Vana-Antsla_vallavalitsus, lk 15
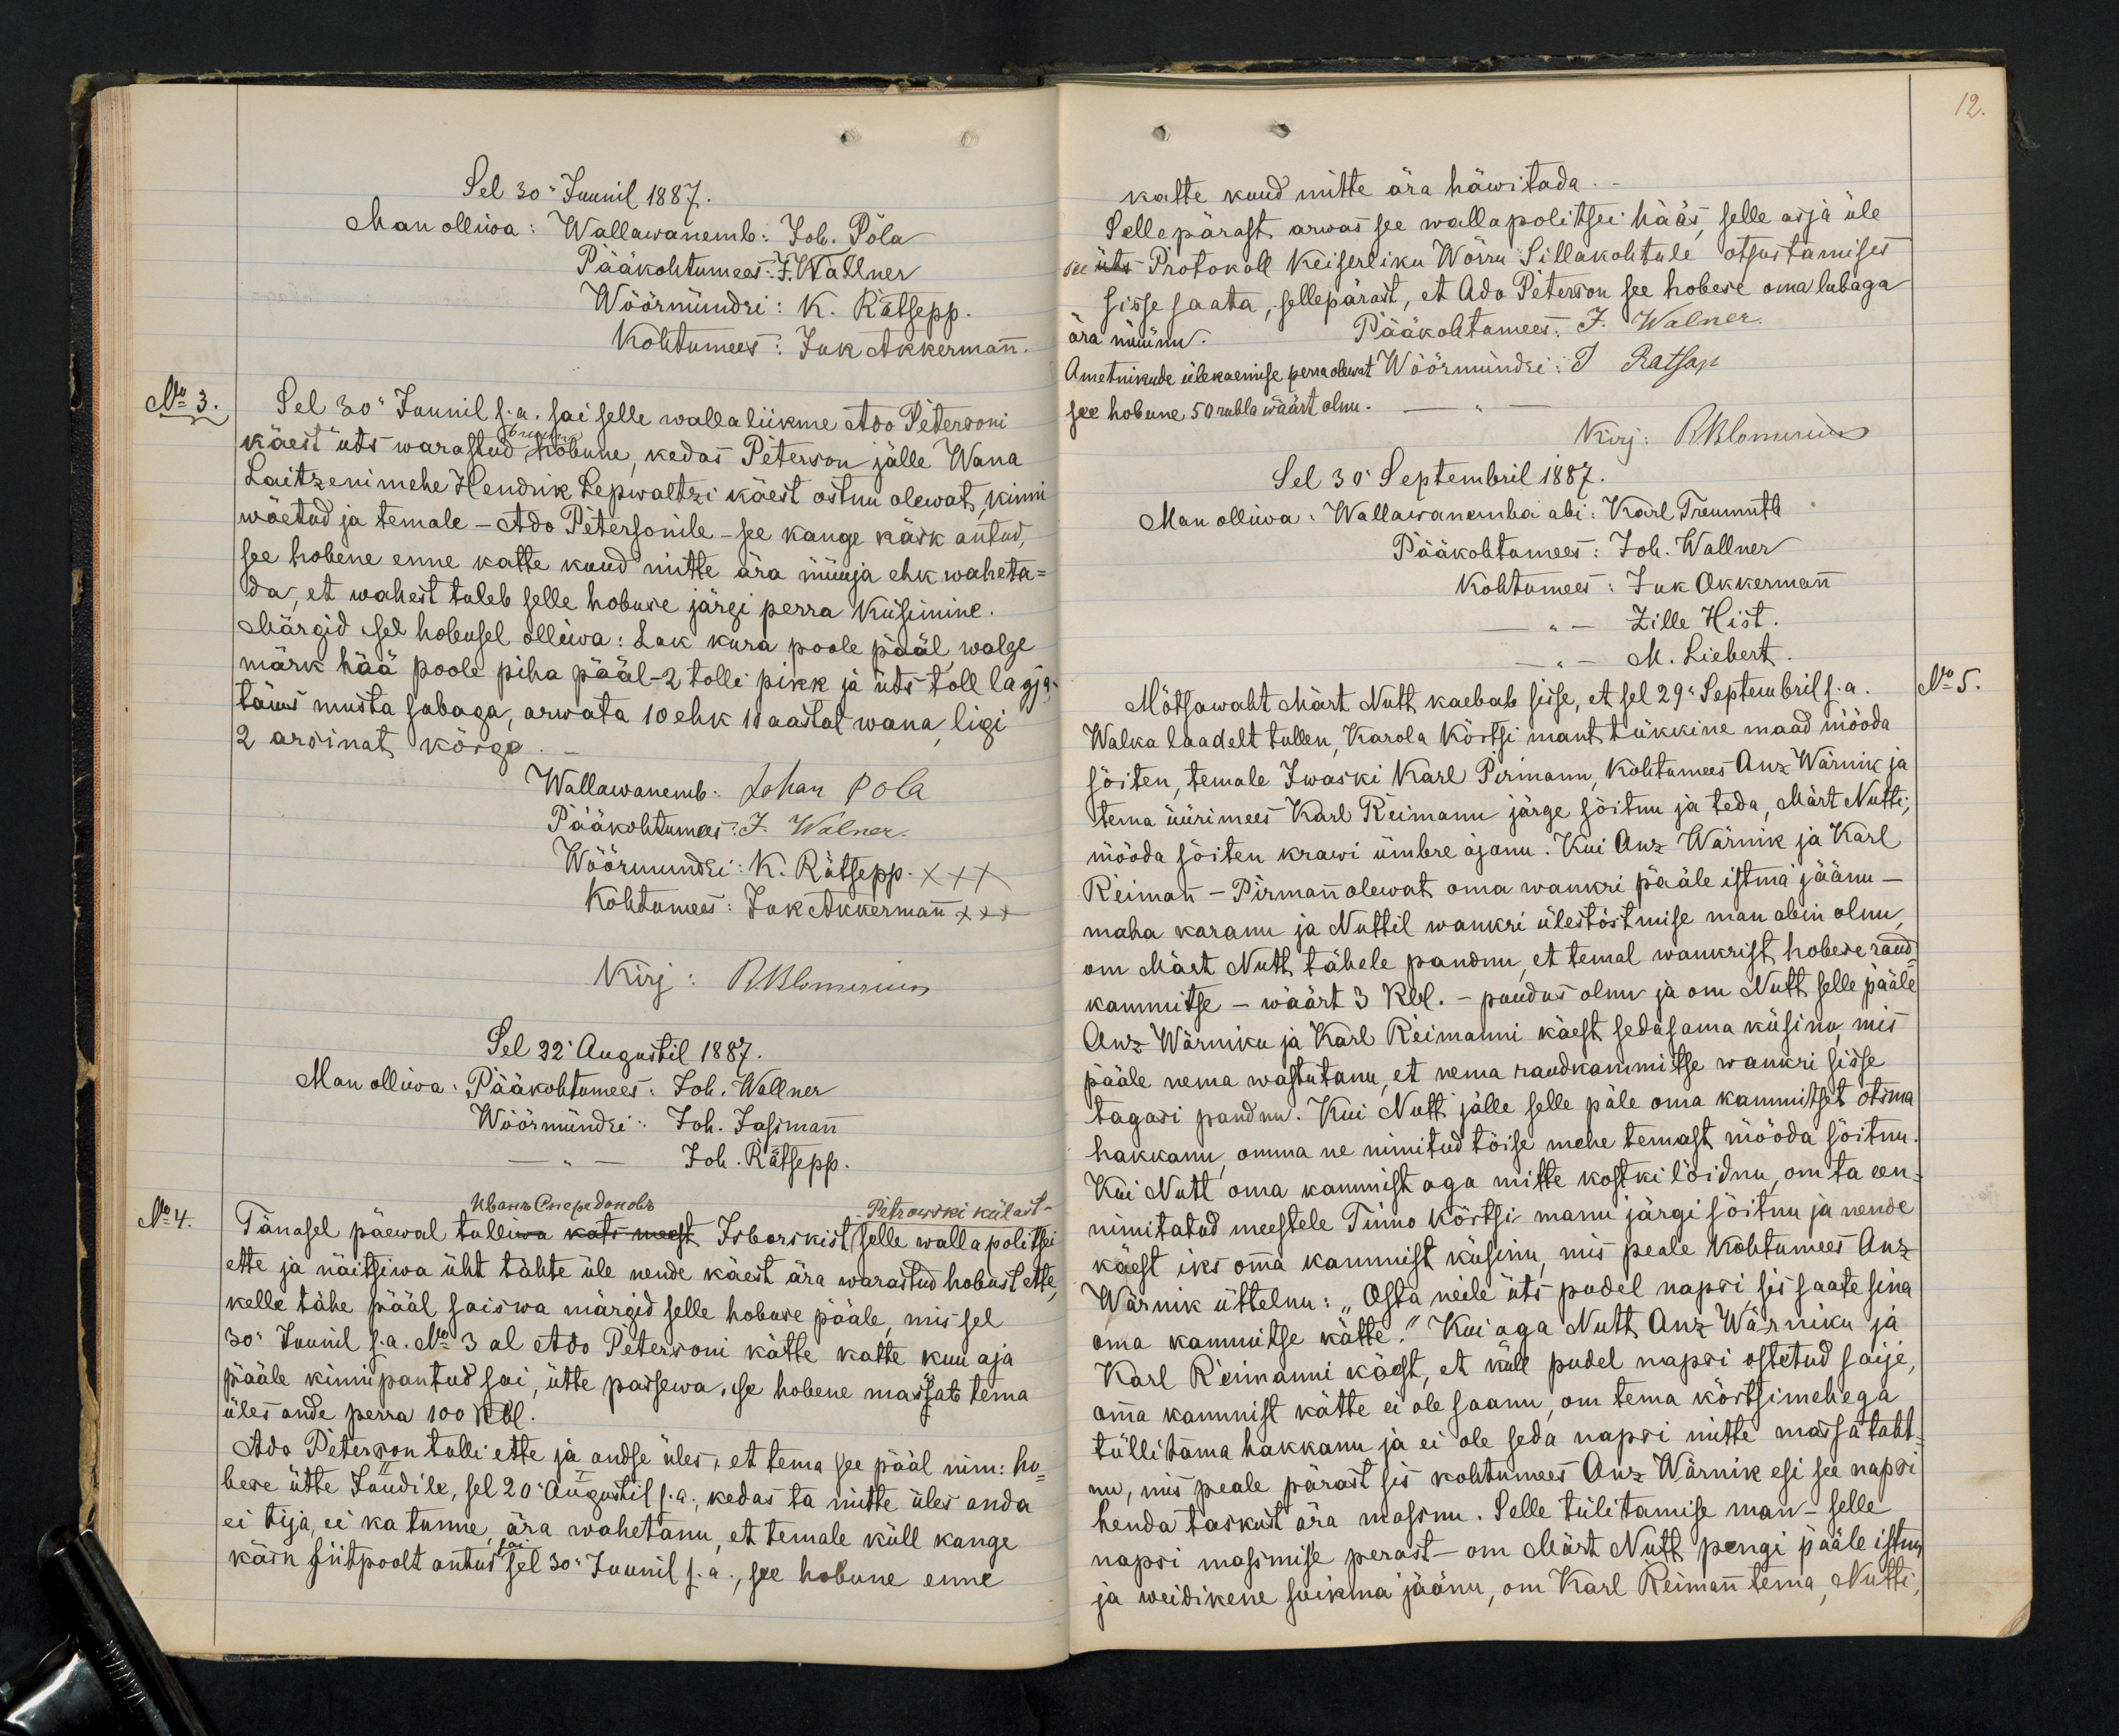
12.

Sel 30 Juunil 1887.
Man olliwa: Wallawanemb: Joh. Pola
Pääkohtumees: J. Wallner
Wöörnündri: K. Rätsepp.
Kohtumees: Juk Akkermann
No 3.
Sel 30" Juunil s.a. sai selle wallaliikme Ado Petersoni
käest üts warastud bruun hobune, kedas Peterson jälle Wana
Laitzeni mehe Hendrik Lepwaltzi käest ostnu olewat, kinni
wõetud ja temale - Ado Petersonile - see kange käsk antud,
see hobene enne katte kuud mitte ära müüja ehk waheta-
da, et wahest tuleb selle hobuse järgi perra küsimine.
Märgid isel hobusel olliwa: Lak kura poole pääl walge
märk hää poole piha pääl - 2 tolli pikk ja üts toll la gja-
täies musta sabaga, arwata 10 ehk 11 aastat wana ligi
2 arsinat kõrge.
Wallawanemb: Johan Pola
Pääkohtumees J. Walner
Wöörmündri: K. Rätsepp XXX
Kohtumees: Jak Akkermann xxx
Kirj: R. Blomeriun
Sel 22 Augustil 1887.
Man olliwa: Pääkohtumees: Joh. Wallner
Wöörmündri: Joh. Jassmann
Joh. Rätsepp.
No 4.
Tänasel päewal tulliwa kats meest Isborikist selle walla politsei
Мванъснередоновъ
Petrowski külast -
ette ja näitsiwa üht tähte üle nende käest ära warastud hobust ette
kelle tähe pääl saiswa märgid selle hobuse pääle, mis sel
30 Juunil s.a. No. 3 al Ado Petersoni kätte katte kuu aja
pääle kinnipantud sai, ütte passewa, ise hobene massab tema
üles ande perra 100 Rbl.
Ado Peterson tuli ette ja andse üles, et tema see pääl nim: ho-
bese ütte Jandile, sel 20 Augustil s.a. kedas ta mitte üles anda
ei tija, ei ka tunne ära wahetanu, et temale küll kange
käik siitpoolt antud sai sel 30 Juunil s.a., see hobune enne

katte kuud mitte ära häwitada.
Selle pärast arwas see wallapolitsei hääs, selle asja üle
see üts Protokoll Keiserliku Wõrru Sillakohtule otsustamises
sisse saata, sellepärast, et Ado Peterson see hobese oma lubaga
ära müünu. Pääkohtomees, J. Walner.
Ametnikude ülekaemise perra olewat  Wöörmündri: J Ratsap
see hobune 50 rubla wäärt olnu.
Kirj: RBlomerius
Sel 30 Septembril 1887.
Man olliwa: Wallawanemba abi: Karl Treumuth
Pääkohtumees: Joh. Wallner
Kohtumees: Juk Akkermann
Zille Hist.
M. Liebert
Mõtsawaht Märt Nutt kaebab sisse, et sel 29 Septembril s.a.
No 5.
Walka laadalt tullen, Karola kõrtsi mant tükkine maad mööda
sõiten, temale Iwaski Karl Pirmann, kohtumees Anz Warnik ja
tema üürimees Karl Reimann järge sõitnu ja teda, Märt Nutti
mööda sõiten krawi ümbre ajanu. Kui Anz Wärnik ja Karl
Reimann - Pirmann olewat oma wankri pääle istma jäänu -
maha karanu ja Nuttil wankri ülestõstmise man abin olnu
om Märt Nutt tähele pandnu, et temal wankrist hobese raud
kammitse - wäärt 3 Rbl. - puudus olnu ja om Nutt selle pääle
Anz Wärniku ja Karl Reimanni käest sedasama küsino, mis
pääle nema wastutanu, et nema raudkammitse wankri sisse
tagasi pandnu. Kui Nutt jälle selle päle oma kammitset otsma
hakkanu, omma ne nimitud tõise mehe temast mööda sõitnu
Kui Nutt oma kammist aga mitte kostki löidnu, om ta een-
nimitatud meestele Tinno kõrtsi manu järgi sõitnu ja nende
käest iks oma kammist küsinu, mis peale kohtumees Anz
Wärnik üttelnu: "Osta neile üts pudel napsi sis saate sina
oma kammitse kätte." Kui aga Nutt Anz Wärniku ja
Karl Reimanni käest, et küll pudel napsi ostetud saije
oma kammist kätte ei ole saanu, om tema kõrtsimehega
tüllitama hakkanu ja ei ole seda napsi mitte massa taht-
nu, mis peale pärast sis kohtumees Anz Wärnik esi see napsi
henda taskust ära massnu. Selle tülitamise man - selle
napsi massmise perast - om Märt Nutt pengi pääle istun
ja weidikene suikma jäänu, om Karl Reimann tema, Nutti,